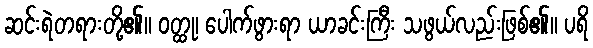
ဆင်းရဲတရားတို့၏။ ဝတ္ထု၊ ပေါက်ဖွားရာ ယာခင်းကြီး သဖွယ်လည်းဖြစ်၏။ ပရိ